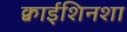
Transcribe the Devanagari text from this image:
क्वाईशिनशा